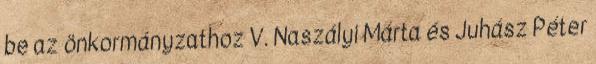
be az önkormányzathoz V. Naszályi Márta és Juhász Péter